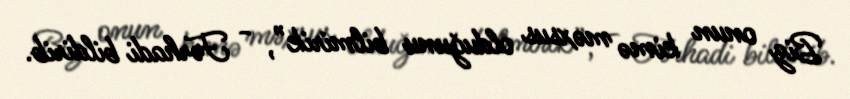
Biz onun kimə məxsus olduğunu bilmirik”, - Fərhadi bildirib.